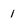
Character: 1